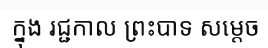
ក្នុង រជ្ជកាល ព្រះបាទ សម្តេច